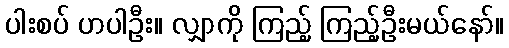
ပါးစပ် ဟပါဦး။ လျှာကို ကြည့် ကြည့်ဦးမယ်နော်။